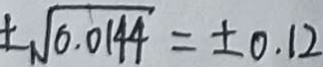
\pm \sqrt { 0 . 0 1 4 4 } = \pm 0 . 1 2